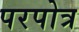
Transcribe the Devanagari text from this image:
परपोत्र